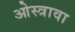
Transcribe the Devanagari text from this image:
ओस्त्रावा